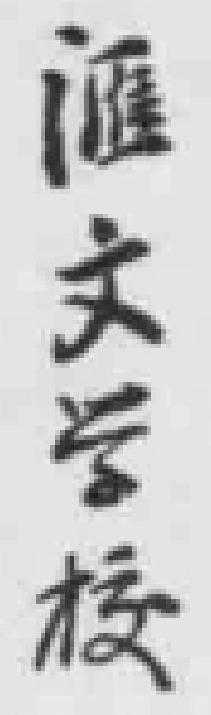
滙文学校